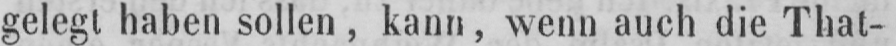
gelegt haben sollen, kann, wenn auch die That-